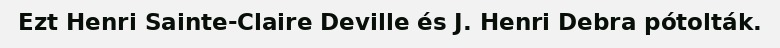
Ezt Henri Sainte-Claire Deville és J. Henri Debra pótolták.